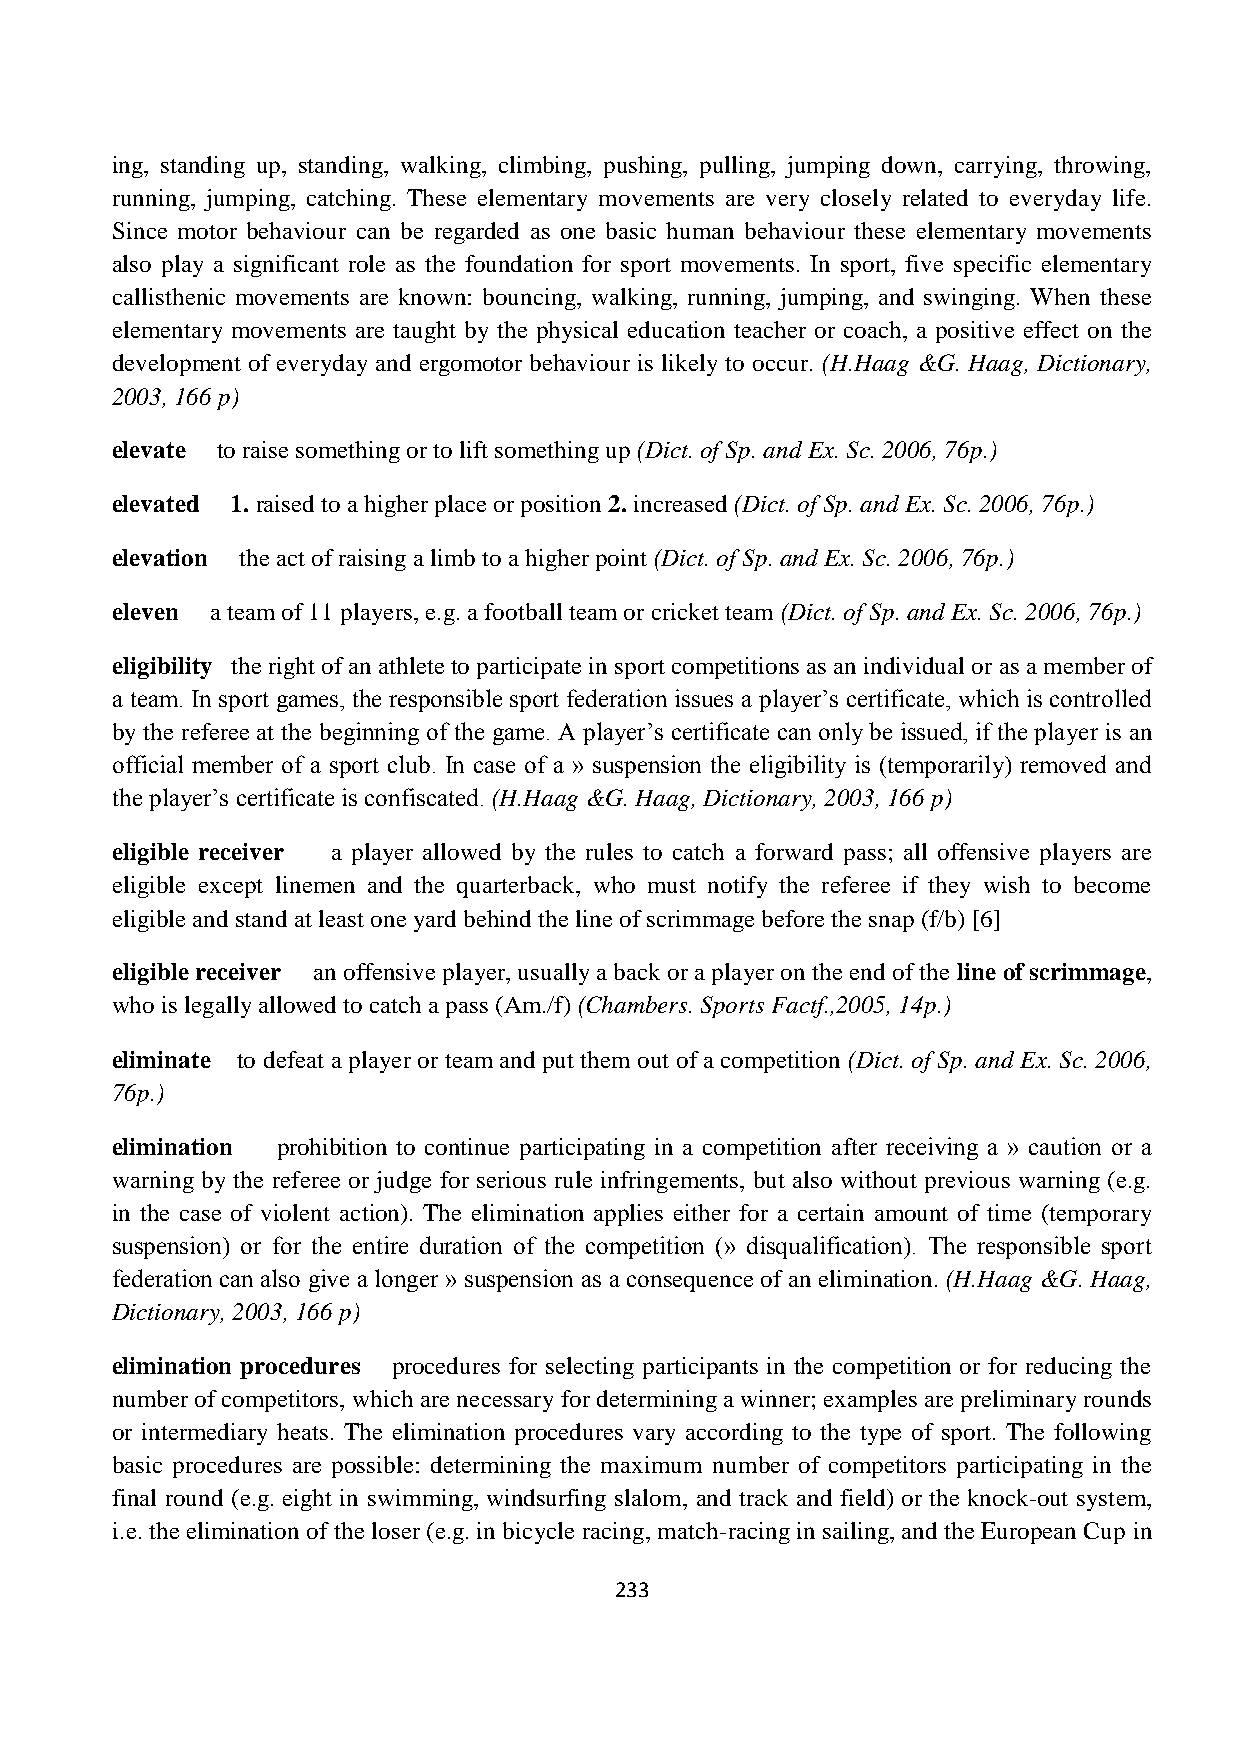
ing, standing up, standing, walking, climbing, pushing, pulling, jumping down, carrying, throwing,
 running, jumping, catching. These elementary movements are very closely related to everyday life.
 Since motor behaviour can be regarded as one basic human behaviour these elementary movements
 also play a significant role as the foundation for sport movements. In sport, five specific elementary
 callisthenic movements are known: bouncing, walking, running, jumping, and swinging. When these
 elementary movements are taught by the physical education teacher or coach, a positive effect on the
 development of everyday and ergomotor behaviour is likely to occur. (H.Haag &G. Haag, Dictionary,
 2003, 166 p)
 elevate to raise something or to lift something up (Dict. of Sp. and Ex. Sc. 2006, 76p.)
 elevated 1. raised to a higher place or position 2. increased (Dict. of Sp. and Ex. Sc. 2006, 76p.)
 elevation the act of raising a limb to a higher point (Dict. of Sp. and Ex. Sc. 2006, 76p.)
 eleven a team of 11 players, e.g. a football team or cricket team (Dict. of Sp. and Ex. Sc. 2006, 76p.)
 eligibility the right of an athlete to participate in sport competitions as an individual or as a member of
 a team. In sport games, the responsible sport federation issues a player’s certificate, which is controlled
 by the referee at the beginning of the game. A player’s certificate can only be issued, if the player is an
 official member of a sport club. In case of a » suspension the eligibility is (temporarily) removed and
 the player’s certificate is confiscated. (H.Haag &G. Haag, Dictionary, 2003, 166 p)
 eligible receiver a player allowed by the rules to catch a forward pass; all offensive players are
 eligible except linemen and the quarterback, who must notify the referee if they wish to become
 eligible and stand at least one yard behind the line of scrimmage before the snap (f/b) [6]
 eligible receiver an offensive player, usually a back or a player on the end of the line of scrimmage,
 who is legally allowed to catch a pass (Am./f) (Chambers. Sports Factf.,2005, 14p.)
 eliminate to defeat a player or team and put them out of a competition (Dict. of Sp. and Ex. Sc. 2006,
 76p.)
 elimination prohibition to continue participating in a competition after receiving a » caution or a
 warning by the referee or judge for serious rule infringements, but also without previous warning (e.g.
 in the case of violent action). The elimination applies either for a certain amount of time (temporary
 suspension) or for the entire duration of the competition (» disqualification). The responsible sport
 federation can also give a longer » suspension as a consequence of an elimination. (H.Haag &G. Haag,
 Dictionary, 2003, 166 p)
 elimination procedures procedures for selecting participants in the competition or for reducing the
 number of competitors, which are necessary for determining a winner; examples are preliminary rounds
 or intermediary heats. The elimination procedures vary according to the type of sport. The following
 basic procedures are possible: determining the maximum number of competitors participating in the
 final round (e.g. eight in swimming, windsurfing slalom, and track and field) or the knock-out system,
 i.e. the elimination of the loser (e.g. in bicycle racing, match-racing in sailing, and the European Cup in
 233